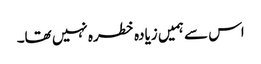
اس سے ہمیں زیادہ خطرہ نہیں تھا۔